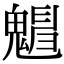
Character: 𩴋